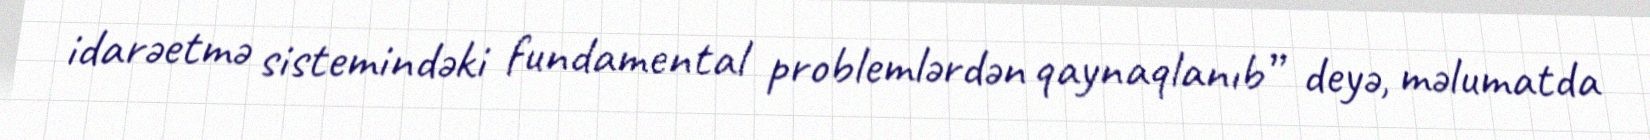
idarəetmə sistemindəki fundamental problemlərdən qaynaqlanıb” deyə, məlumatda